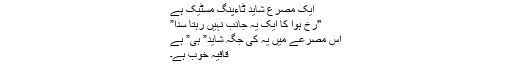
ایک مصرع شاید ٹاءپنگ مسٹیک ہے
"رخ ہوا کا ایک یہ جانب نہیں رہتا سدا”
اس مصرعے میں یہ کی جگہ شاید” ہی” ہے
قافیہ خوب ہے۔